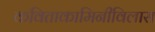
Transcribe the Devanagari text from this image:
कविताकामिनीविलास